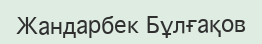
Жандарбек Бұлғақов